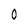
Character: 0